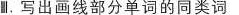
Ⅲ.写出画线部分单词的同类词